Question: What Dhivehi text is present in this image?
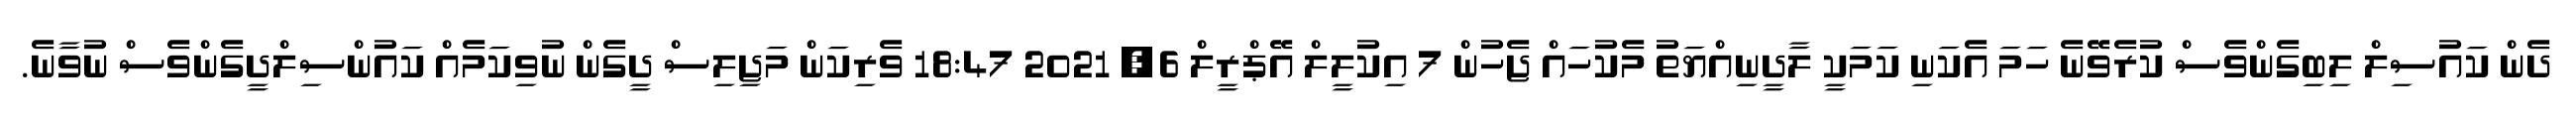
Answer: ދެން ކައުސިލް ލިބިގެންވެސް ކުރެވޭނެ ހަމަ އެކަނި ކަމަކީ ލާދީނިއްޔަތު މެކުހައް ޖެހުން 7 އިކުލީލް އޭޕްރީލް 6, 2021 18:47 ވެރިކަން މަޖިލިސް ދީގެން ނުވިކަމެއް ކައުންސިލްދީގެންވެސް ނުވާނެ.